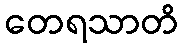
တေရသာတိ